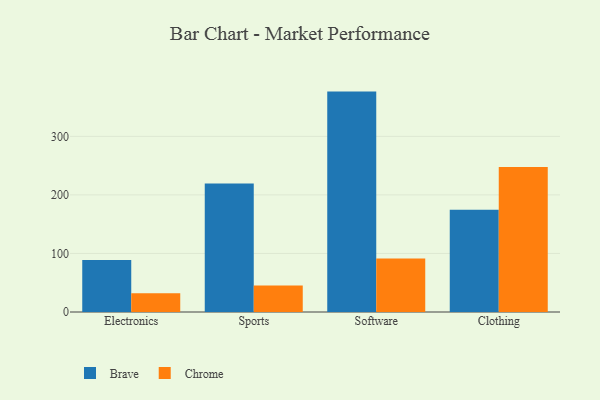
{"axis": {"x": "Category", "y": "Budget (USD K)"}, "legend": ["Brave", "Chrome"], "data": [{"x": "Electronics", "y": 89.0, "type": "Brave"}, {"x": "Electronics", "y": 32.1, "type": "Chrome"}, {"x": "Sports", "y": 219.3, "type": "Brave"}, {"x": "Sports", "y": 45.2, "type": "Chrome"}, {"x": "Software", "y": 376.5, "type": "Brave"}, {"x": "Software", "y": 91.2, "type": "Chrome"}, {"x": "Clothing", "y": 174.8, "type": "Brave"}, {"x": "Clothing", "y": 247.8, "type": "Chrome"}]}